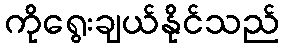
ကိုရွေးချယ်နိုင်သည်